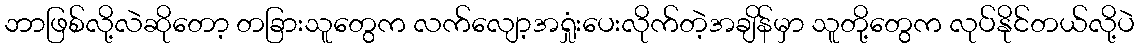
ဘာဖြစ်လို့လဲဆိုတော့ တခြားသူတွေက လက်လျော့အရှုံးပေးလိုက်တဲ့အချိန်မှာ သူတို့တွေက လုပ်နိုင်တယ်လို့ပဲ